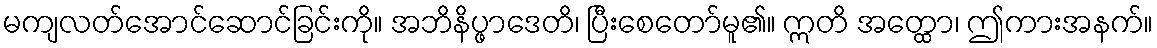
မကျလတ်အောင်ဆောင်ခြင်းကို။ အဘိနိပ္ဖာဒေတိ၊ ပြီးစေတော်မူ၏။ ဣတိ အတ္ထော၊ ဤကားအနက်။